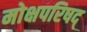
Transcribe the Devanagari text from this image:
मोक्षपरिषद्